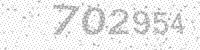
Solution: 702954